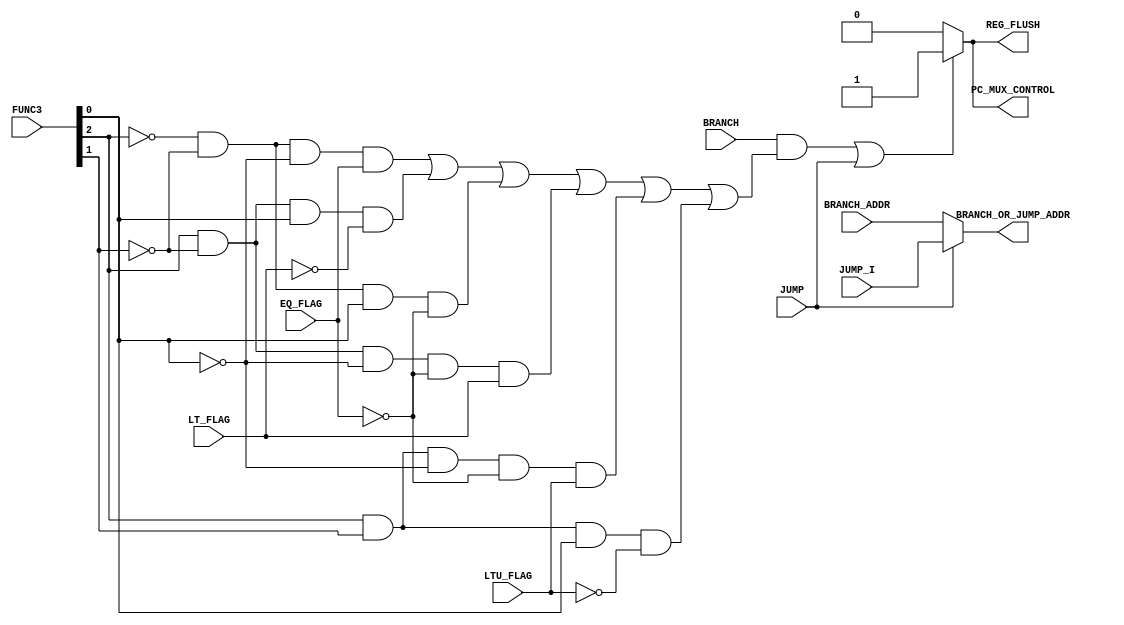
module Jump_Controller (

    BRANCH_ADDR,
    JUMP_I,
    FUNC3,
    BRANCH,
    JUMP,
    EQ_FLAG,
    LT_FLAG,
    LTU_FLAG,
    BRANCH_OR_JUMP_ADDR,
    PC_MUX_CONTROL,
    REG_FLUSH
);

input [31:0] BRANCH_ADDR,JUMP_I;
input [2:0] FUNC3;
input BRANCH,JUMP,EQ_FLAG,LT_FLAG,LTU_FLAG;

output reg PC_MUX_CONTROL ;
output reg REG_FLUSH;
output reg [31:0] BRANCH_OR_JUMP_ADDR;

wire BEQ,BGE,BNE,BLT,BLTU,BGEU;

//CREATING SUITABLE CONTROLL SIGNALS FOR EACH INSTRUCTION
assign #1 BEQ = (~FUNC3[2]) & (~FUNC3[1]) &  (~FUNC3[0]) & EQ_FLAG;
assign #1 BGE = (FUNC3[2]) & (~FUNC3[1]) &  (FUNC3[0]) & (~LT_FLAG);
assign #1 BNE = (~FUNC3[2]) & (~FUNC3[1]) &  (FUNC3[0]) & (~EQ_FLAG);
assign #1 BLT = (FUNC3[2]) & (~FUNC3[1]) &  (~FUNC3[0]) & (~EQ_FLAG) & LT_FLAG;
assign #1 BLTU = (FUNC3[2]) & (FUNC3[1]) &  (~FUNC3[0]) & (~EQ_FLAG) & LTU_FLAG;
assign #1 BGEU = (FUNC3[2]) & (FUNC3[1]) &  (FUNC3[0]) & (~LTU_FLAG);

always @(*)begin
    if(((BRANCH &(BEQ|BGE|BNE|BLT|BLTU|BGEU)) | (JUMP)) ==  1'b1) begin
        PC_MUX_CONTROL = 1'b1;
        REG_FLUSH =  1'b1;
    end
    else begin
        PC_MUX_CONTROL = 1'b0;
        REG_FLUSH =  1'b0;
    end
    // PC_MUX_CONTROL=(BRANCH &(BEQ|BGE|BNE|BLT|BLTU|BGEU)) | (JUMP);
    // REG_FLUSH = PC_MUX_CONTROL;
end



always @(*) begin
    
    if (JUMP==1'b1) begin
        BRANCH_OR_JUMP_ADDR=JUMP_I;
    end
    else begin
                                          
        BRANCH_OR_JUMP_ADDR=BRANCH_ADDR;
    end
end

// always @(*) begin
//     REG_FLUSH = REG_FLUSH | RESET;
// end


    
endmodule